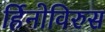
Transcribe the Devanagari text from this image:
र्हिनोविरुस